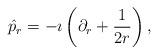
LaTeX: \begin{align*}\hat{p}_{r} = -\imath \left(\partial_{r} +\frac{1}{2 r}\right),\end{align*}